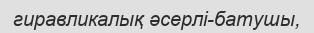
гиравликалық әсерлі-батушы,